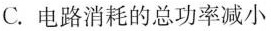
C.电路消耗的总功率减小